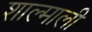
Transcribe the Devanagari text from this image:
शाल्माली